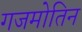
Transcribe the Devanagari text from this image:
गजमोतिन